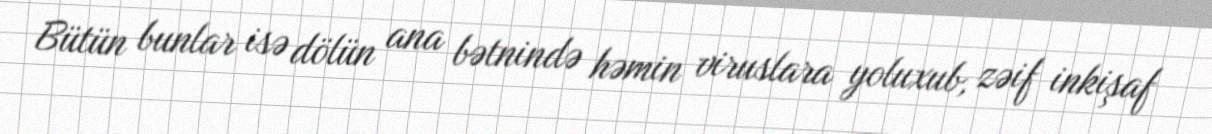
Bütün bunlar isə dölün ana bətnində həmin viruslara yoluxub, zəif inkişaf